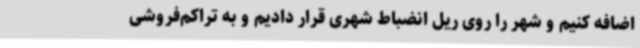
اضافه کنیم و شهر را روی ریل انضباط شهری قرار دادیم و به تراکم‌فروشی